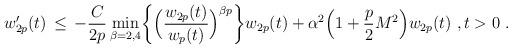
LaTeX: \begin{align*} w_{2p}'(t) \,\le\, -\frac{C}{2p} \min_{\beta = 2,4}\biggl\{\Bigl( \frac{w_{2p}(t)}{w_p(t)} \Bigr)^{\beta p}\biggr\}w_{2p}(t) + \alpha^2 \Bigl(1 + \frac{p}{2}M^2\Bigr)w_{2p}(t)~, t > 0~.\end{align*}